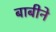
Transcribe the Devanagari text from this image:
बाबीने